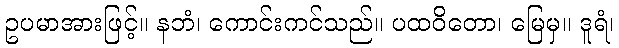
ဥပမာအားဖြင့်။ နဘံ၊ ကောင်းကင်သည်။ ပထဝိတော၊ မြေမှ။ ဒူရံ၊